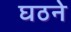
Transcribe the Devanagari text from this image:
घठने